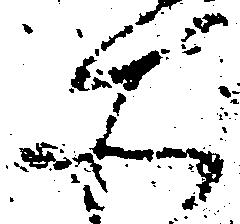
そ